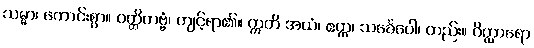
သမ္မာ၊ ကောင်းစွာ။ ဝတ္တိတဗ္ဗံ၊ ကျင့်ရာ၏။ ဣတိ အယံ၊ ဧတ္ထ၊ သင်္ခေပေါ၊ တည်း။ ဝိတ္ထာရော